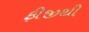
ફીજીથી